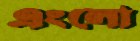
এংলো